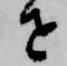
せ